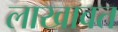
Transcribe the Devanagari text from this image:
लाखावत